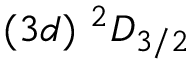
( 3 d ) ~ ^ { 2 } D _ { 3 / 2 }